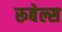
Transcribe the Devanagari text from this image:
रूबेल्स